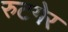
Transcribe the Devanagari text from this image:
रुटगेर